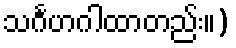
သင်္ဂဟဂါထာတည်း။)